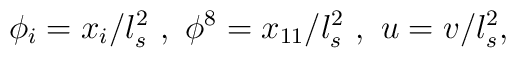
\phi_i = x_i / l_s^2 ~,~ \phi^8 =x_{11} / l_s^2  ~,~ u = v / l_s^2 ,